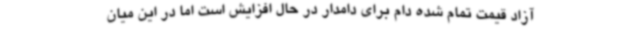
آزاد قیمت تمام شده دام برای دامدار در حال افزایش است اما در این میان